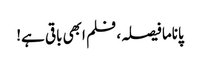
پاناما فیصلہ، فلم ابھی باقی ہے!